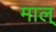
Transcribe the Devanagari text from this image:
माल्